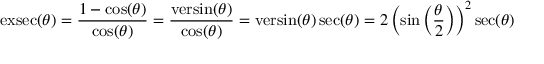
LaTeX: \operatorname { e x s e c } ( \theta ) = { \frac { 1 - \cos ( \theta ) } { \cos ( \theta ) } } = { \frac { \operatorname { v e r s i n } ( \theta ) } { \cos ( \theta ) } } = \operatorname { v e r s i n } ( \theta ) \sec ( \theta ) = 2 \left( \sin \left( { \frac { \theta } { 2 } } \right) \right) ^ { 2 } \sec ( \theta )